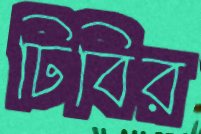
ঢিবির